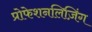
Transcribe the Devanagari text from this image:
प्रोफेशनलिज़िंग